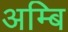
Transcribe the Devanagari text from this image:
अम्बि